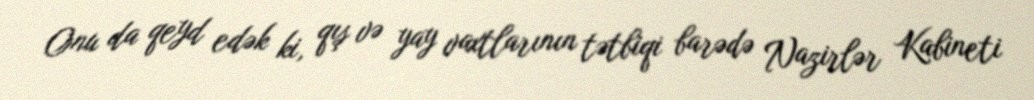
Onu da qeyd edək ki, qış və yay vaxtlarının tətbiqi barədə Nazirlər Kabineti